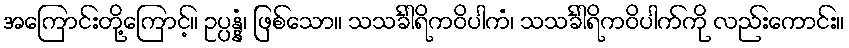
အကြောင်းတို့ကြောင့်။ ဥပ္ပန္နံ၊ ဖြစ်သော။ သသင်္ခါရိကဝိပါကံ၊ သသင်္ခါရိကဝိပါက်ကို လည်းကောင်း။